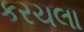
કરચલા